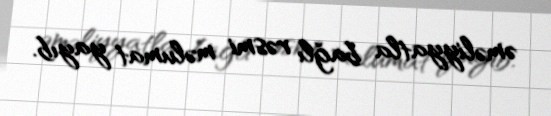
əməliyyatla bağlı rəsmi məlumat yayıb.